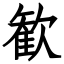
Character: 歓